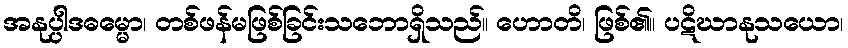
အနုပ္ပါဒဓမ္မော၊ တစ်ဖန်မဖြစ်ခြင်းသဘောရှိသည်။ ဟောတိ၊ ဖြစ်၏။ ပဋိဃာနုသယော၊